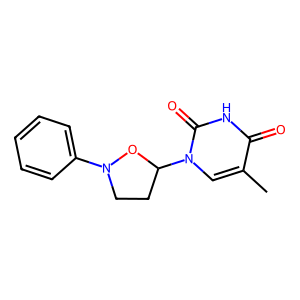
SMILES: Cc1cn(C2CCN(c3ccccc3)O2)c(=O)[nH]c1=O
Inhibits HIV replication: No